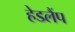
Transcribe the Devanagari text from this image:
हेडलैंप